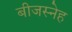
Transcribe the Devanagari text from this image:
बीजस्नेह